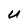
Character: U